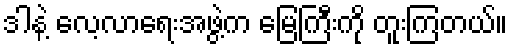
ဒါနဲ့ လေ့လာရေးအဖွဲ့က မြေကြီးကို တူးကြတယ်။